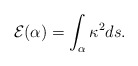
\begin{align*}{\cal E}(\alpha)=\int_{\alpha}\kappa^2ds.\end{align*}